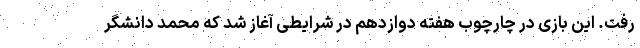
رفت. این بازی در چارچوب هفته دوازدهم در شرایطی آغاز شد که محمد دانشگر